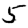
Digit: 5